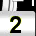
Digit: 2